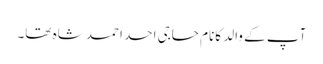
آپ کے والد کانام حاجی احد احمد شاہ تھا۔